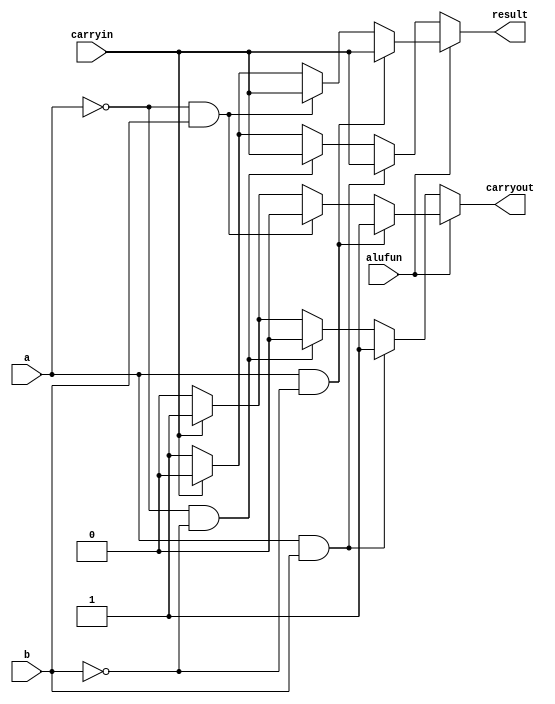
//ALU
//abALUFun0carryin
//
module ALUunit (alufun,a,b,carryin,result,carryout);
	input	a,b,alufun,carryin;
	output	reg		result,carryout;

	always @(*) 
	begin 
		if(alufun == 1)//
		begin
			if(a == 1&&b == 0)
			begin
				result = carryin;
				carryout = 1;
			end
			else if(a == 0&&b == 1)
			begin
				result = carryin;
				carryout = 0;
			end
			else
			begin
				if(carryin == 1) 
				begin
					result = 0;
					carryout = 1;
				end
				else
				begin
					result = 1;
					carryout = 0;
				end

			end
		end
		else
		begin
			if(a == 1&&b == 1)
			begin
				result = carryin;
				carryout = 1;
			end
			else if(a == 0&&b == 0)
			begin
				result = carryin;
				carryout = 0;
			end
			else
			begin
				if(carryin == 1) 
				begin
					result = 0;
					carryout = 1;
				end
				else
				begin
					result = 1;
					carryout = 0;
				end

			end
		end
	end
endmodule

//
//A,BsALUFun
//zero,overflow,negative,result
module AddSub (s,A,B,alufun,result,zero,overflow,negative);
	input			s,alufun;
	input	[31:0]	A,B;
	output	[31:0]	result;
	output			zero,overflow,negative;
	wire	[31:0]	CO;

	ALUunit alu0(alufun,A[0],B[0],alufun,result[0],CO[0]);
	ALUunit alu1(alufun,A[1],B[1],CO[0],result[1],CO[1]);
	ALUunit alu2(alufun,A[2],B[2],CO[1],result[2],CO[2]);
	ALUunit alu3(alufun,A[3],B[3],CO[2],result[3],CO[3]);
	ALUunit alu4(alufun,A[4],B[4],CO[3],result[4],CO[4]);
	ALUunit alu5(alufun,A[5],B[5],CO[4],result[5],CO[5]);
	ALUunit alu6(alufun,A[6],B[6],CO[5],result[6],CO[6]);
	ALUunit alu7(alufun,A[7],B[7],CO[6],result[7],CO[7]);
	ALUunit alu8(alufun,A[8],B[8],CO[7],result[8],CO[8]);
	ALUunit alu9(alufun,A[9],B[9],CO[8],result[9],CO[9]);
	ALUunit alu10(alufun,A[10],B[10],CO[9],result[10],CO[10]);
	ALUunit alu11(alufun,A[11],B[11],CO[10],result[11],CO[11]);
	ALUunit alu12(alufun,A[12],B[12],CO[11],result[12],CO[12]);
	ALUunit alu13(alufun,A[13],B[13],CO[12],result[13],CO[13]);
	ALUunit alu14(alufun,A[14],B[14],CO[13],result[14],CO[14]);
	ALUunit alu15(alufun,A[15],B[15],CO[14],result[15],CO[15]);
	ALUunit alu16(alufun,A[16],B[16],CO[15],result[16],CO[16]);
	ALUunit alu17(alufun,A[17],B[17],CO[16],result[17],CO[17]);
	ALUunit alu18(alufun,A[18],B[18],CO[17],result[18],CO[18]);
	ALUunit alu19(alufun,A[19],B[19],CO[18],result[19],CO[19]);
	ALUunit alu20(alufun,A[20],B[20],CO[19],result[20],CO[20]);
	ALUunit alu21(alufun,A[21],B[21],CO[20],result[21],CO[21]);
	ALUunit alu22(alufun,A[22],B[22],CO[21],result[22],CO[22]);
	ALUunit alu23(alufun,A[23],B[23],CO[22],result[23],CO[23]);
	ALUunit alu24(alufun,A[24],B[24],CO[23],result[24],CO[24]);
	ALUunit alu25(alufun,A[25],B[25],CO[24],result[25],CO[25]);
	ALUunit alu26(alufun,A[26],B[26],CO[25],result[26],CO[26]);
	ALUunit alu27(alufun,A[27],B[27],CO[26],result[27],CO[27]);
	ALUunit alu28(alufun,A[28],B[28],CO[27],result[28],CO[28]);
	ALUunit alu29(alufun,A[29],B[29],CO[28],result[29],CO[29]);
	ALUunit alu30(alufun,A[30],B[30],CO[29],result[30],CO[30]);
	ALUunit alu31(alufun,A[31],B[31],CO[30],result[31],CO[31]);
	
	assign overflow = s?(CO[30]^CO[31]):0;
	assign zero = ~|result;
	assign negative = s?result[31]:~CO[31];
endmodule

//
//zero,overflow,negative,alufun3:1
//result
module CMP(sign,zero,overflow,negative,alufun,result);
	input				zero,overflow,negative,sign;
	input		[2:0]	alufun;
	output	reg	[31:0]	result;
			wire		n_negative;

	parameter	EQ = 3'b001;
	parameter	NEQ = 3'b000;
	parameter	LT = 3'b010;
	parameter	LEZ = 3'b110;
	parameter	LTZ = 3'b101;
	parameter	GTZ = 3'b111;

	
	assign	n_negative = sign?overflow^negative:negative;
	always @(*)
	begin
		
		case(alufun)
			EQ:result = zero?32'd1:0;
			NEQ:result = zero?0:32'd1;
			LT:result = n_negative?32'd1:0;
			LEZ:result = (zero||n_negative)?32'd1:0;
			LTZ:result = n_negative?32'd1:0;
			GTZ:result = ~(zero||n_negative)?32'd1:0;
			
			default:result = 0;
		endcase
	end
endmodule

//ABALUFun3:0
//
//

module Logic(A,B,alufun,result);
	input		[31:0]	A,B;
	input		[3:0]	alufun;
	output	reg	[31:0]	result;

	parameter	AND = 4'b1000;
	parameter	OR	= 4'b1110;
	parameter	XOR	= 4'b0110;
	parameter	NOR	= 4'b0001;
	parameter	a= 4'b1010;

	
	always @(*)
	begin
		case(alufun)
			AND:result = A&B;
			OR:	result = A|B;
			XOR:result = A^B;
			NOR:result = ~(A|B);
			a:result = A;
			default:result = 31'd0;
		endcase // alufun
	end
endmodule

//
//A,BALUFun1:0
//
module Shift(A,B,alufun,result);
	input		[31:0]	A,B;
	input		[1:0]	alufun;
	output	reg	[31:0]	result;

	parameter	SLL = 2'b00;
	parameter	SRL = 2'b01;
	parameter	SRA = 2'b11;

	

	always @(*)
	begin
		if(A[4] == 1)
		begin
			case(alufun)
				SLL:result = B<<16;
				SRL:result = B>>16;
				SRA:result = B>>>16;
				default:result = B<<16;
			endcase
		end
		else
			result = B;

		if(A[3] == 1)
		begin 
			case(alufun)
				SLL:result = result<<8;
				SRL:result = result>>8;
				SRA:result = result>>>8;
				default:result = result<<8;
			endcase
		end
		else
			result = result;

		if(A[2] == 1)
		begin 
			case(alufun)
				SLL:result = result<<4;
				SRL:result = result>>4;
				SRA:result = result>>>4;
				default:result = result<<4;
			endcase
		end
		else
			result = result;

		if(A[1] == 1)
		begin 
			case(alufun)
				SLL:result = result<<2;
				SRL:result = result>>2;
				SRA:result = result>>>2;
				default:result = result<<2;
			endcase
		end
		else
			result = result;

		if(A[0] == 1)
		begin 
			case(alufun)
				SLL:result = result<<1;
				SRL:result = result>>1;
				SRA:result = result>>>1;
				default:result = result<<1;
			endcase
		end
		else
			result =result;
	end
endmodule